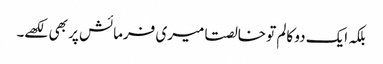
بلکہ ایک دو کالم تو خالصتا میری فرمائش پر بھی لکھے۔